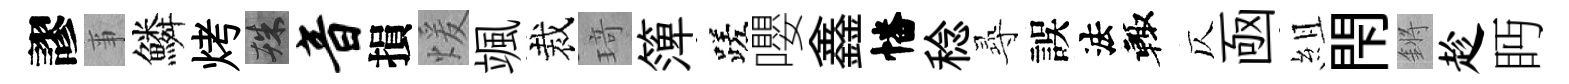
謬亊鱗烤殊音損煖颯裁𤦺𥱼蹉嚶鑫幡稔𡬶誤法輙仄凾組閇鏘趁眄